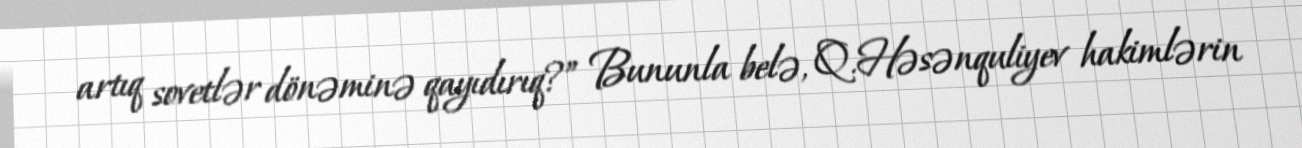
artıq sovetlər dönəminə qayıdırıq?” Bununla belə, Q.Həsənquliyev hakimlərin